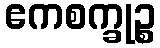
ဧကစက္ခုဉ္စ